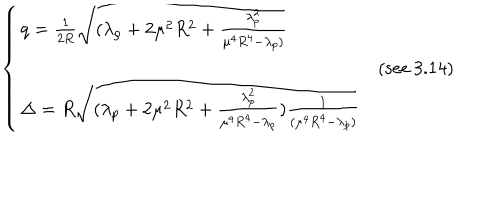
\left\{ \begin{array} { l l r } { { q = \frac { 1 } { 2 R } \sqrt { ( \lambda _ { \rho } + 2 \mu ^ { 2 } R ^ { 2 } + \frac { \lambda _ { p } ^ { 2 } } { \mu ^ { 4 } R ^ { 4 } - \lambda _ { p } ) } } } } & { { } } \\ { { } } & { { \mathrm { ( s e e ~ 3 . 1 4 ) } } } \\ { { \Delta = R \sqrt { ( \lambda _ { p } + 2 \mu ^ { 2 } R ^ { 2 } + \frac { \lambda _ { p } ^ { 2 } } { \mu ^ { 4 } R ^ { 4 } - \lambda _ { p } } ) \frac { 1 } { ( \mu ^ { 4 } R ^ { 4 } - \lambda _ { p } ) } } } } & { { } } \\ \end{array} \right.